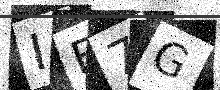
Text: IB7G